Scottish Certificate of Education, 1962
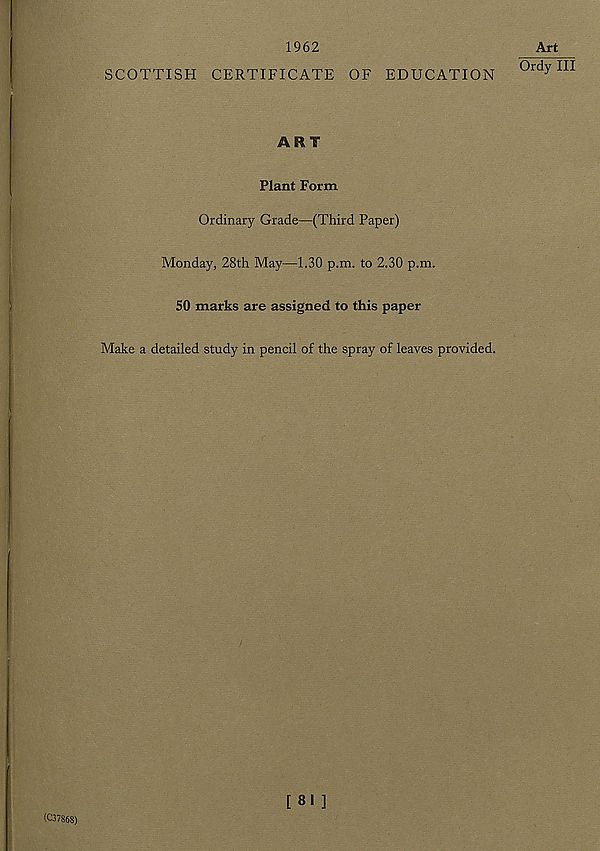
1962
SCOTTISH CERTIFICATE OF EDUCATION
Art
Ordy III
ART
Plant Form
Ordinary Grade—(Third Paper)
Monday, 28th May—1.30 p.m. to 2.30 p.m.
50 marks are assigned to this paper
Make a detailed study in pencil of the spray of leaves provided.
(C37868)
[ 81 ]